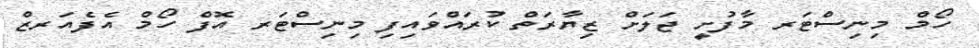
ހޯމް މިނިސްޓަރ މާފުށީ ޖަލަށް ޒިޔާރަތް ކުރައްވައިފި މިނިސްޓަރ އޮފް ހޯމް އެފެއަރޒް